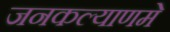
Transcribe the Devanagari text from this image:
जनकल्याणमे